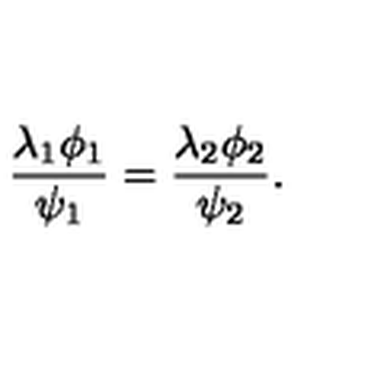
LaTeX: \frac { \lambda _ { 1 } \phi _ { 1 } } { \psi _ { 1 } } = \frac { \lambda _ { 2 } \phi _ { 2 } } { \psi _ { 2 } } .